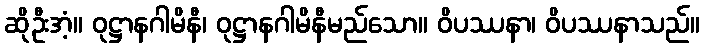
ဆိုဦးအံ့။ ဝုဋ္ဌာနဂါမိနီ၊ ဝုဋ္ဌာနဂါမိနီမည်သော။ ဝိပဿနာ၊ ဝိပဿနာသည်။